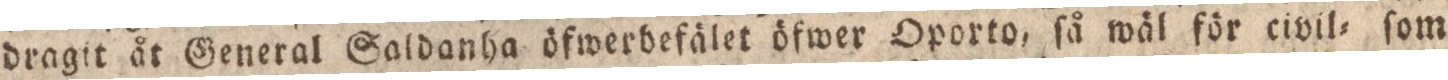
dragit åt General Saldanha öfwerbefälet öfwer Oporto, ſå wäl för civil= ſom